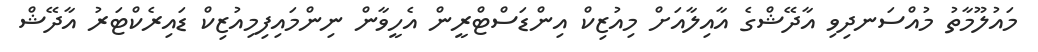
މައުލޫމާތު މުއްސަނދިވި އާދޭޝްގެ އާއިލާއަށް މިއުޒިކް އިންޑަސްޓްރީން އެހީވާން ނިންމައިފިމިއުޒިކް ޑައިރެކްޓަރު އާދޭޝް